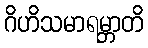
ဂိဟိသမာရမ္ဘာတိ